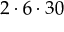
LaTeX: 2 \cdot 6 \cdot 3 0